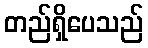
တည်ရှိပေသည်